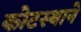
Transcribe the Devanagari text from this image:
कोटस्थाने